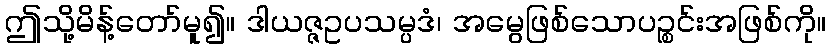
ဤသို့မိန့်တော်မူ၍။ ဒါယဇ္ဇဥပသမ္ပဒံ၊ အမွေဖြစ်သောပဉ္စင်းအဖြစ်ကို။